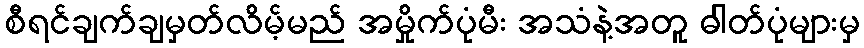
စီရင်ချက်ချမှတ်လိမ့်မည် အမှိုက်ပုံမီး အသံနဲ့အတူ ဓါတ်ပုံများမှ